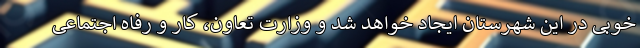
خوبی در این شهرستان ایجاد خواهد شد و وزارت تعاون، کار و رفاه اجتماعی